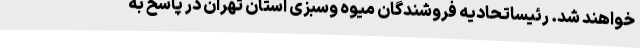
خواهند شد. رئیساتحادیه فروشندگان میوه وسبزی استان تهران در پاسخ به